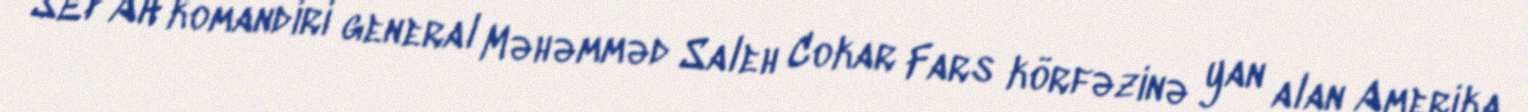
SEPAH komandiri general Məhəmməd Saleh Cokar Fars körfəzinə yan alan Amerika